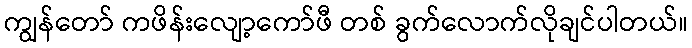
ကျွန်တော် ကဖိန်းလျော့ကော်ဖီ တစ် ခွက်လောက်လိုချင်ပါတယ်။